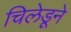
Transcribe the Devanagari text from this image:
चिलेडूने